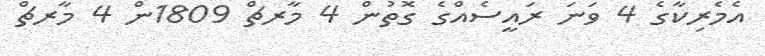
އެމެރިކާގެ 4 ވަނަ ރައީސެއްގެ ގޮތުން 4 މާރޗް 1809ން 4 މާރޗް